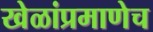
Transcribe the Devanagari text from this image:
खेळांप्रमाणेच